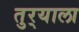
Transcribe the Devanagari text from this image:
तुर्‍याला